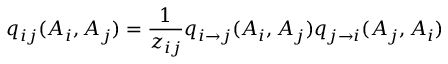
q _ { i j } ( A _ { i } , A _ { j } ) = \frac { 1 } { z _ { i j } } q _ { i \rightarrow j } ( A _ { i } , A _ { j } ) q _ { j \rightarrow i } ( A _ { j } , A _ { i } )